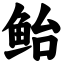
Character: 鲐